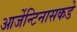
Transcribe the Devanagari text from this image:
आर्जेन्टिनासकडे